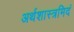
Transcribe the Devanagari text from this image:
अर्थशास्त्रमिदं